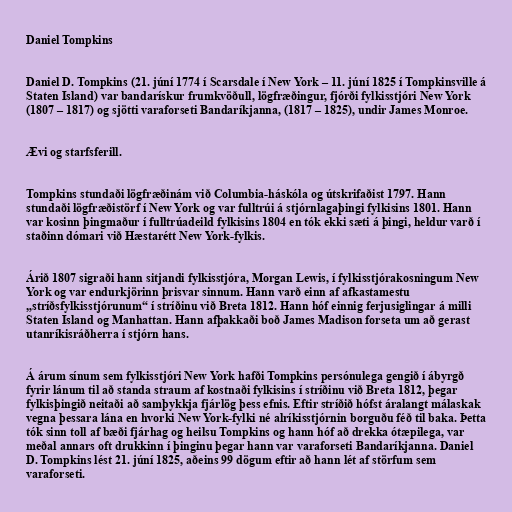
Daniel Tompkins

Daniel D. Tompkins (21. júní 1774 í Scarsdale í New York – 11. júní 1825 í Tompkinsville á
Staten Island) var bandarískur frumkvöðull, lögfræðingur, fjórði fylkisstjóri New York
(1807 – 1817) og sjötti varaforseti Bandaríkjanna, (1817 – 1825), undir James Monroe.

Ævi og starfsferill.

Tompkins stundaði lögfræðinám við Columbia-háskóla og útskrifaðist 1797. Hann
stundaði lögfræðistörf í New York og var fulltrúi á stjórnlagaþingi fylkisins 1801. Hann
var kosinn þingmaður í fulltrúadeild fylkisins 1804 en tók ekki sæti á þingi, heldur varð í
staðinn dómari við Hæstarétt New York-fylkis.

Árið 1807 sigraði hann sitjandi fylkisstjóra, Morgan Lewis, í fylkisstjórakosningum New
York og var endurkjörinn þrisvar sinnum. Hann varð einn af afkastamestu
„stríðsfylkisstjórunum“ í stríðinu við Breta 1812. Hann hóf einnig ferjusiglingar á milli
Staten Island og Manhattan. Hann afþakkaði boð James Madison forseta um að gerast
utanríkisráðherra í stjórn hans.

Á árum sínum sem fylkisstjóri New York hafði Tompkins persónulega gengið í ábyrgð
fyrir lánum til að standa straum af kostnaði fylkisins í stríðinu við Breta 1812, þegar
fylkisþingið neitaði að samþykkja fjárlög þess efnis. Eftir stríðið hófst áralangt málaskak
vegna þessara lána en hvorki New York-fylki né alríkisstjórnin borguðu féð til baka. Þetta
tók sinn toll af bæði fjárhag og heilsu Tompkins og hann hóf að drekka ótæpilega, var
meðal annars oft drukkinn í þinginu þegar hann var varaforseti Bandaríkjanna. Daniel
D. Tompkins lést 21. júní 1825, aðeins 99 dögum eftir að hann lét af störfum sem
varaforseti.